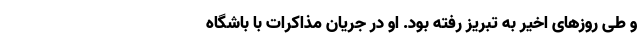
و طی روز‌های اخیر به تبریز رفته بود. او در جریان مذاکرات با باشگاه